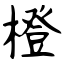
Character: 橙